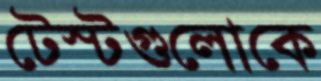
টেস্টগুলোকে